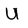
Character: U